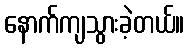
နောက်ကျသွားခဲ့တယ်။